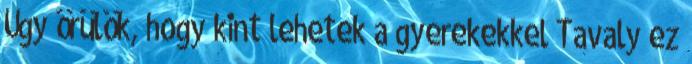
Úgy örülök, hogy kint lehetek a gyerekekkel Tavaly ez